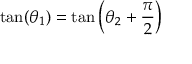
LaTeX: \tan ( \theta _ { 1 } ) = \tan \left( \theta _ { 2 } + { \frac { \pi } { 2 } } \right)